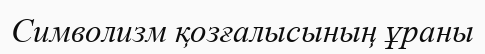
Символизм қозғалысының ұраны